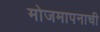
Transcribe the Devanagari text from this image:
मोजमापनाची